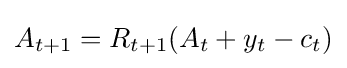
A_{t+1}=R_{t+1}(A_{t}+y_{t}-c_{t})